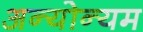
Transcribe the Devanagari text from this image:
अन्योन्यम